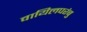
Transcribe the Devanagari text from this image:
वायिलपरंबु